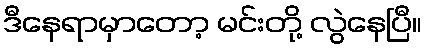
ဒီနေရာမှာတော့ မင်းတို့ လွဲနေပြီ။